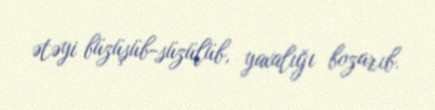
ətəyi büzüşüb-süzülüb, yaxalığı bozarıb.